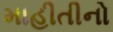
માહીતીનો